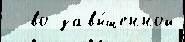
  во завы́шенной